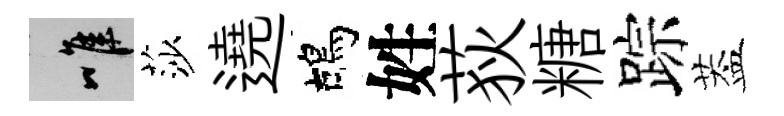
唯莎遶鴣姓荻糖踪葢